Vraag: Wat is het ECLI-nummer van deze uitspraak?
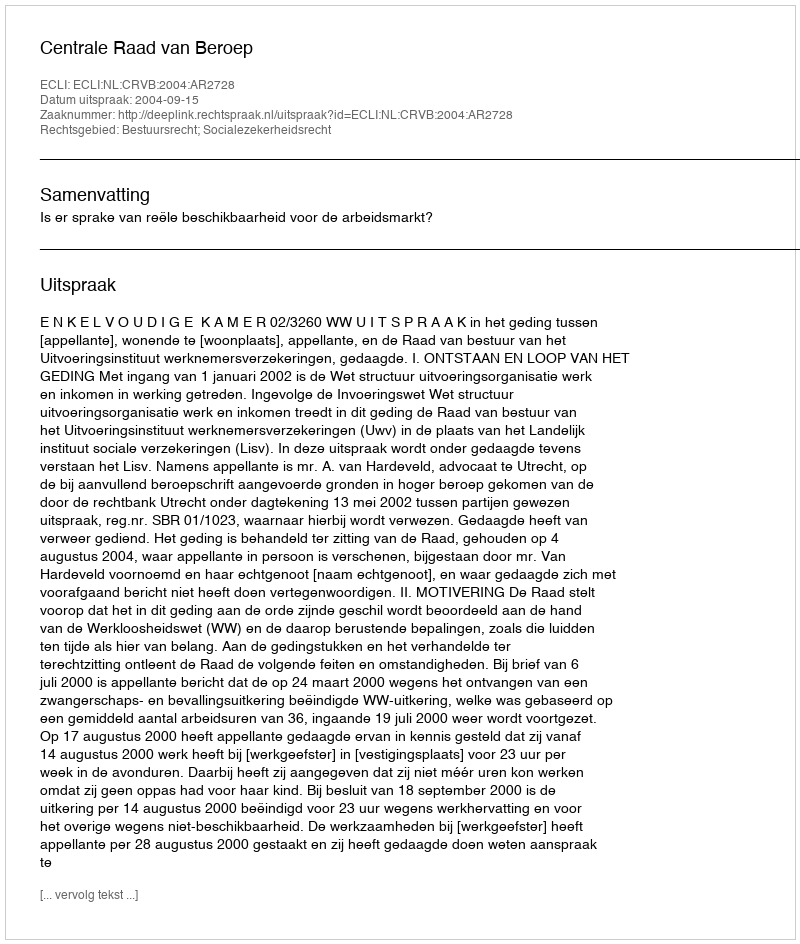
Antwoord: ECLI:NL:CRVB:2004:AR2728